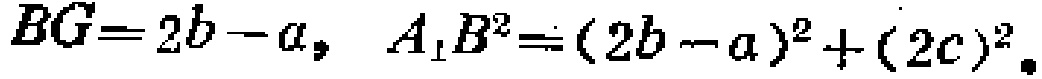
\(BG = 2b - a,\ A_{1}B^{2}=(2b - a)^{2}+(2c)^{2}.\)